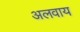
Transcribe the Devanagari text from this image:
अलवाय